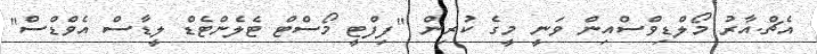
އެޗް.އާރު މޯލްޑިވްސްއިން ވަނީ މީގެ ކުރިން "ފިފްޓީ މޯސްޓް ޓެލެންޓެޑް ލީޑާސް އެވްޑްސް"